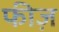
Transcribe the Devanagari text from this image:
फीज़